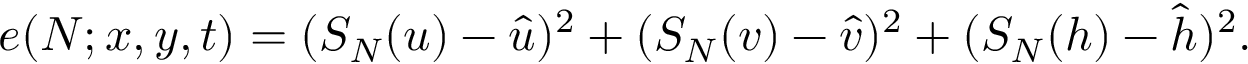
e ( N ; x , y , t ) = ( S _ { N } ( u ) - \hat { u } ) ^ { 2 } + ( S _ { N } ( v ) - \hat { v } ) ^ { 2 } + ( S _ { N } ( h ) - \hat { h } ) ^ { 2 } .